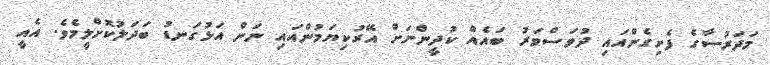
މަދަރުސާގެ ފެށިގެންއައި ދުވަސްވަރު ބައެއް ކުދީންނަށް އޭރުކިޔަމުންއައި ނަން އަޅުގަނޑު ބަދަލުކޮށްލީމެވެ. އެއީ